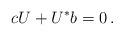
LaTeX: \begin{align*}cU+U^*b=0\,.\end{align*}